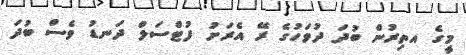
މީގެ އތިރުން ބުދަ ދުވަހުގެ ރޭ އެރަށު ފުޓްސަލް ދަނޑު ވެސް ބުދަ